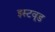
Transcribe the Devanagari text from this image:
इस्टवूड